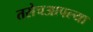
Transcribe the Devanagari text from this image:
तसेचआपल्या